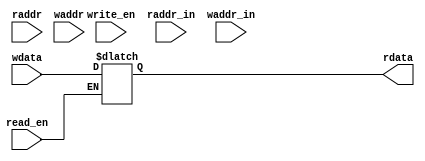
// fifo_memory.v

// DEPTH     - FIFO size
// WIDTH     - FIFO entry width in units (bytes in our case)
// UWIDTH    - FIFO entry unit width in bits
// PTR_SZ    - FIFO entry index size in bits
// PTR_IN_SZ - FIFO index within entry size in bits (ideally ceil(log2(WIDTH)) )
module fifo_memory #(parameter DEPTH = 4, WIDTH = 11, UWIDTH = 8, PTR_SZ = 2, PTR_IN_SZ = 4)
		    (input read_en, input write_en,
		     input [(PTR_SZ-1):0]      raddr,
		     input [(PTR_IN_SZ-1):0]   raddr_in,
		     input [(PTR_SZ-1):0]      waddr,
		     input [(PTR_IN_SZ-1):0]   waddr_in,
		     input [(UWIDTH-1):0]      wdata,
		     output reg [(UWIDTH-1):0] rdata
);

  reg [(UWIDTH-1):0] memory [(DEPTH-1):0][(WIDTH-1):0];
  // reg [(UWIDTH*WIDTH-1):0] memory [(DEPTH-1):0];

  always @(*)
  begin
    if (write_en) memory[waddr][waddr_in] = wdata;
    if (read_en)  rdata = memory[raddr][raddr_in];
  end
endmodule